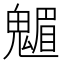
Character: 䰨